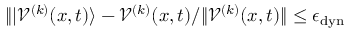
\| \vert \mathcal { V } ^ { ( k ) } ( x , t ) \rangle - { \mathcal { V } ^ { ( k ) } ( x , t ) } / \| { \mathcal { V } ^ { ( k ) } ( x , t ) } \| \le \epsilon _ { \mathrm { d y n } }